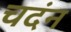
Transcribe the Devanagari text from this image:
चदंन